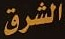
الشرق